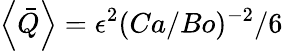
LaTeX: \left<\bar{Q}\right>=\epsilon^{2}(Ca/Bo)^{-2}/6